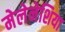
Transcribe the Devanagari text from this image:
मेलेनेशिया